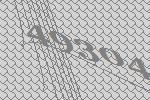
49304